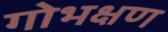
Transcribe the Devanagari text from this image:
गोभक्षण